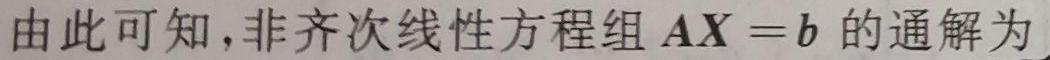
由此可知,非齐次线性方程组 $\boldsymbol{A}\boldsymbol{X}=\boldsymbol{b}$ 的通解为